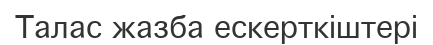
Талас жазба ескерткіштері